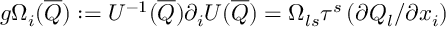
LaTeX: g \Omega _ { i } ( \overline { { Q } } ) : = U ^ { - 1 } ( \overline { { Q } } ) \partial _ { i } U ( \overline { { Q } } ) = \Omega _ { l s } \tau ^ { s } \left( \partial Q _ { l } / \partial x _ { i } \right)